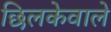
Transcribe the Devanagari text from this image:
छिलकेवाले